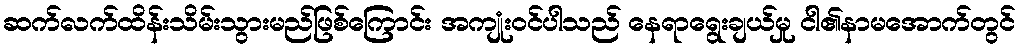
ဆက်လက်ထိန်းသိမ်းသွားမည်ဖြစ်ကြောင်း အကျုံးဝင်ပါသည် နေရာရွေးချယ်မှု ငါ၏နာမအောက်တွင်